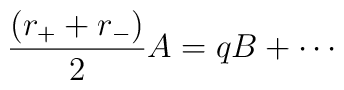
\frac{(r_{+}+r_{-})}{2}A=qB+\cdots